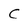
Character: C